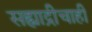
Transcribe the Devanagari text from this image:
सह्याद्रीचाही